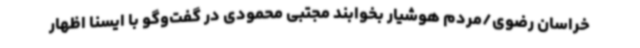
خراسان رضوی/مردم هوشیار بخوابند مجتبی محمودی در گفت‌وگو با ایسنا اظهار